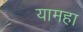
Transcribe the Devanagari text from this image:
यामहा